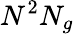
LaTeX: N^{2}N_{g}